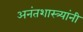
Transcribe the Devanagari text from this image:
अनंतशास्त्र्यांनी